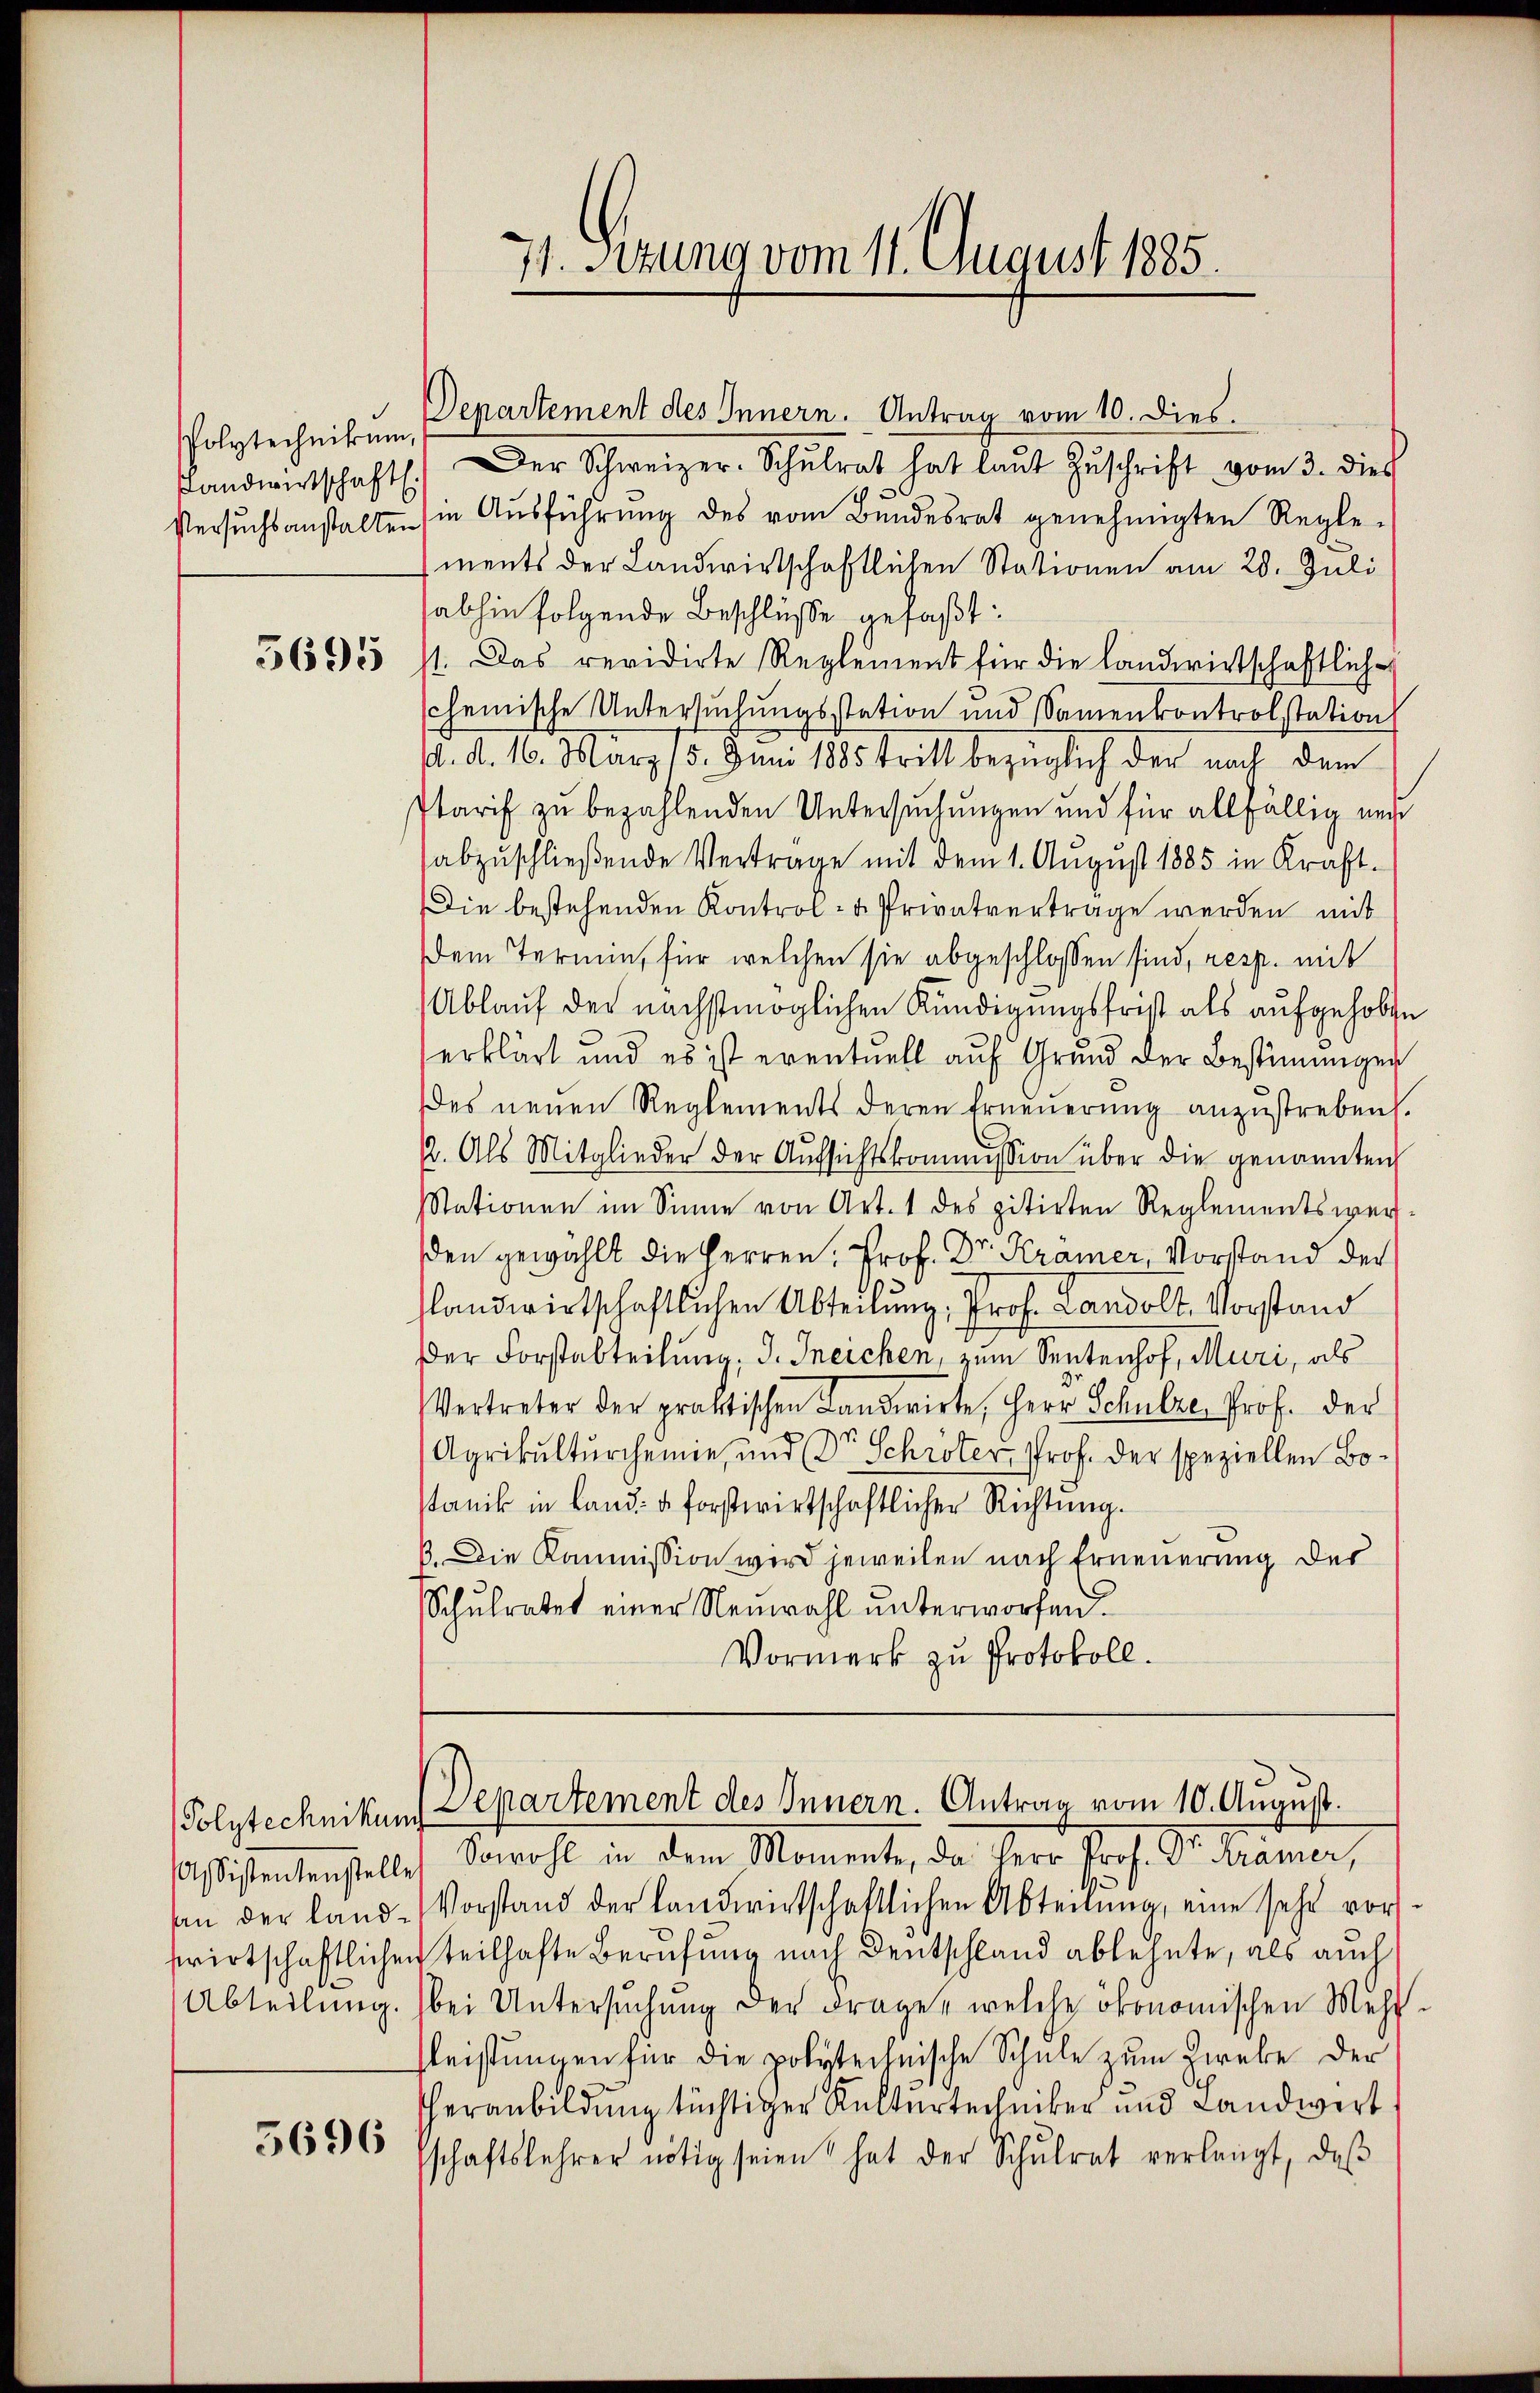
Polytechnikum,

5695

5696

71. Setzung vom 11. August 1885.

Departement des Innern. Antrag vom 10. Dies
Landwirtschaft. Der Schweizer-Schŭlrat hat laŭt Zŭschrift vom 3. dies
stersŭchsanstalten (in Aŭsführŭng des vom Bundesrat genehmigten Regle-
ments der Landwirtschaftlichen Stationen am 28. Juli
abhin folgende Beschlüße gefaßt:
st. Das revidirte Reglement für die landwirtschaftliche
scheinische Untersuchungsstation und Samenkontrolstation
d. d. 16. März 15. Juni 1885 tritt bezüglich der nach dem
starif zu bezahlenden Untersuchungen und für allfällig nacht
abzuschließende Vertrage mit dem 1. August 1885 in Kraft-
Die bestehenden Kontrol- u Privatvertrage werden mit
Dem Termin, für welchen sie abgeschlossen sind, resp. mit
Ablauf der nächstmöglichen Kündigungsfrist als aufgehoben
erklärt und es ist eventuell auf Grund der Bestimungen
es neuen Reglements deren Erneŭerŭng anzŭstreben.
2. Als Mitglieder der Aufsichtskommission über die genannten
Stationen im Sinne von Art. 1 des zitirten Reglementswerden gewählt die Herren Prof. Dr. Kramer, Vorstand der
slandwirtschaftlichen Abteilung; Prof. Landolt. Vorstand
Der Forstabteilung, I. Ineichen, zum Sentenhof, Muri, als
Vertreter der praktischen Landwirte, Herr Schulze, Prof. der
Agrikulturchemie, und (Dr. Schröter Prof. der speziellen Bostanik in Land- u. forstwirtschaftlicher Richtung.
B. Die Kommission wird jeweilen nach Erneuerung des
Schŭlratet einer Neuwahl unterworfen.
Vormerk zu Protokoll.

Polytechnikum Departement des Innern. Antrag vom 10. August.

sistentenstelle Sowohl in dem Momente, da Herr Prof. Dr. Krämer,
an der land-Vorstand der Landwirtschaftlichen Abteilŭng, eine sehr vor-
wirtschaftlichen teilhafte Berufung nach Deutschland ablehnte, als auch
Abteilung. bei Untersuchung der Frage, welche ökonomischen Mehrleistungen für die polytechnische Schule zum Zweke der
heranbildung tüchtiger Kulturtechniker und Landwirt
sschaftslehrer nötig seien hat der Schŭlrat verlangt, daβ